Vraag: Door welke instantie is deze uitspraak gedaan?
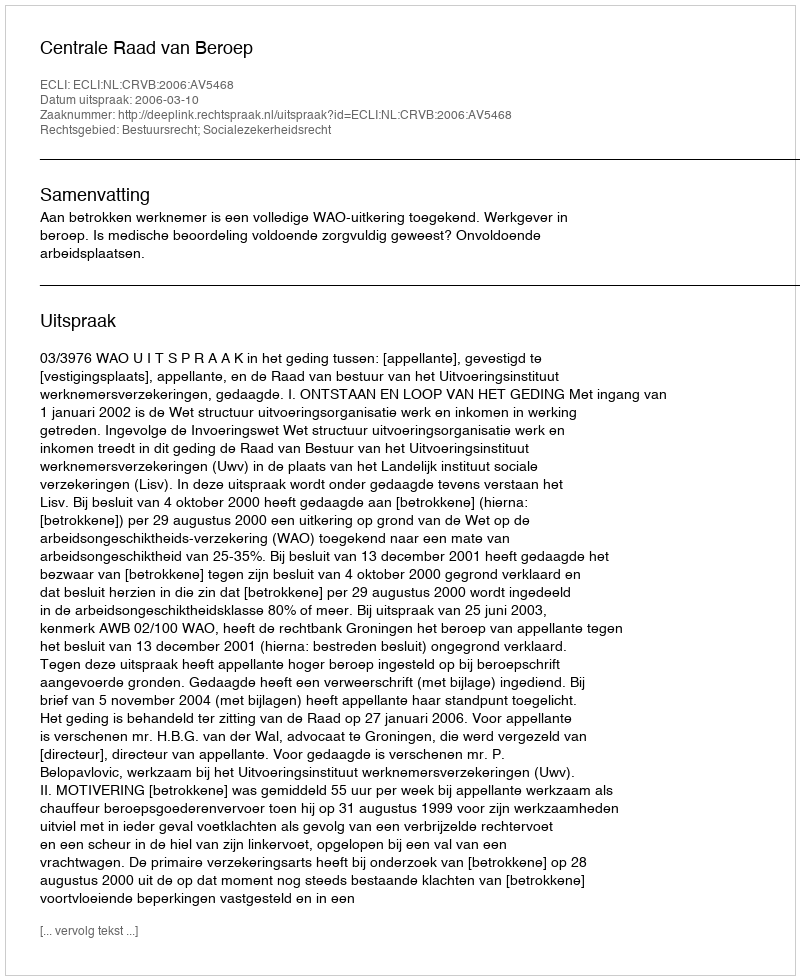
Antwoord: Centrale Raad van Beroep